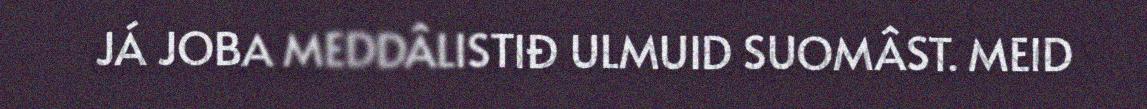
JÁ JOBA MEDDÂLISTIĐ ULMUID SUOMÂST. MEID